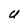
Character: U